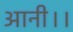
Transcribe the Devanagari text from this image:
आनी।।